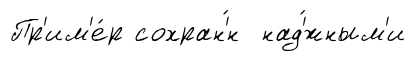
Пр'им'е́р сохран'́н над'́жным'и